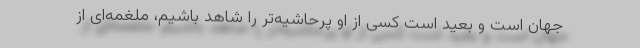
جهان است و بعید است کسی از او پرحاشیه‌تر را شاهد باشیم، ملغمه‌ای از